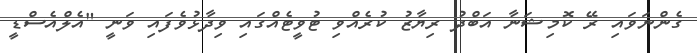
ގެންނަވައި ރޭ ކޮމިޝަނާ އަބްދު ރިޔާޒު ކުރެއްވި ޓުވީޓެއްގައި ވިދާޅުވެފައި ވަނީ "އެލްއެސްޑީ